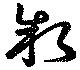
執